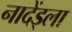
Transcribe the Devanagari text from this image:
नादेंड्ला